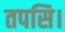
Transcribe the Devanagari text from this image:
तपसि।